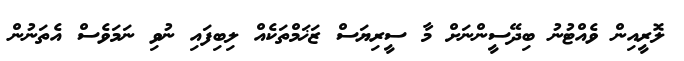
ލޮރީއިން ވެއްޓުނު ބިދޭސީންނަށް މާ ސީރިޔަސް ޒަޚަމްތަކެއް ލިބިފައި ނުވި ނަމަވެސް އެތަނުން